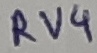
Text: RV4